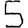
Digit: 5